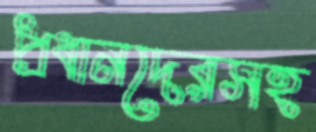
প্রধানদেরসহ